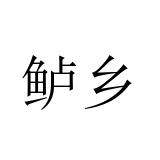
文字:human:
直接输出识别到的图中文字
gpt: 鲈乡